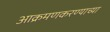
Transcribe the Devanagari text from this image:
आक्रमणकरण्याच्या